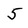
Character: 5